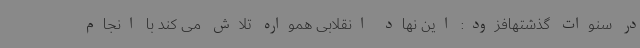
در سنوات گذشتهافزود: این نهاد انقلابی همواره تلاش می کند با انجام